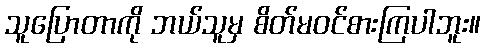
သူပြောတာကို ဘယ်သူမှ စိတ်မဝင်စားကြပါဘူး။